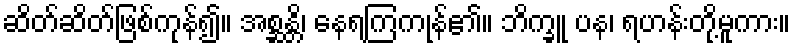
ဆိတ်ဆိတ်ဖြစ်ကုန်၍။ အစ္ဆန္တိ၊ နေရကြကုန်၏။ ဘိက္ခူ ပန၊ ရဟန်းတို့မူကား။